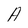
Character: A